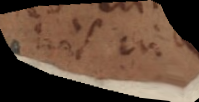
nos in